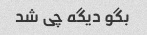
بگو دیگه چی شد